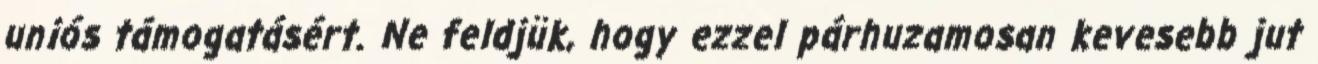
uniós támogatásért. Ne feldjük, hogy ezzel párhuzamosan kevesebb jut